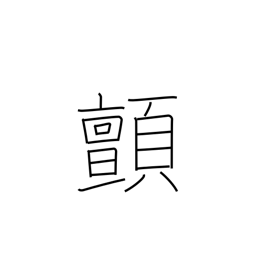
Meaning: shudder